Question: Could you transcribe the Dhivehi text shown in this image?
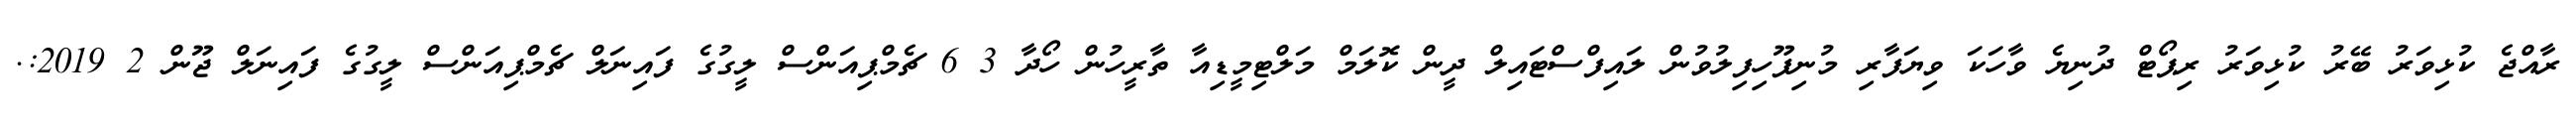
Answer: ރާއްޖެ ކުޅިވަރު ބޭރު ކުޅިވަރު ރިޕޯޓް ދުނިޔެ ވާހަކަ ވިޔަފާރި މުނިފޫހިފިލުވުން ލައިފްސްޓައިލް ދީން ކޮލަމް މަލްޓިމީޑިއާ ތާރީހުން ހޯދާ 3 6 ޗެމްޕިއަންސް ލީގުގެ ފައިނަލް ޗެމްޕިއަންސް ލީގުގެ ފައިނަލް ޖޫން 2 2019:.